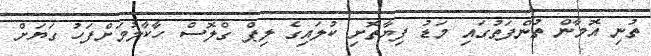
ތުނި އޮމާން ތުންފަތުގައި މަޑު ފިޔާތޮށި ކުލައިގެ ލިޕް ގްލޮސް ހާކާލުމަށްފަހު ގަޔަށް